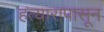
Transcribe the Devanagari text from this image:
हत्यारापासून